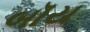
બૉય